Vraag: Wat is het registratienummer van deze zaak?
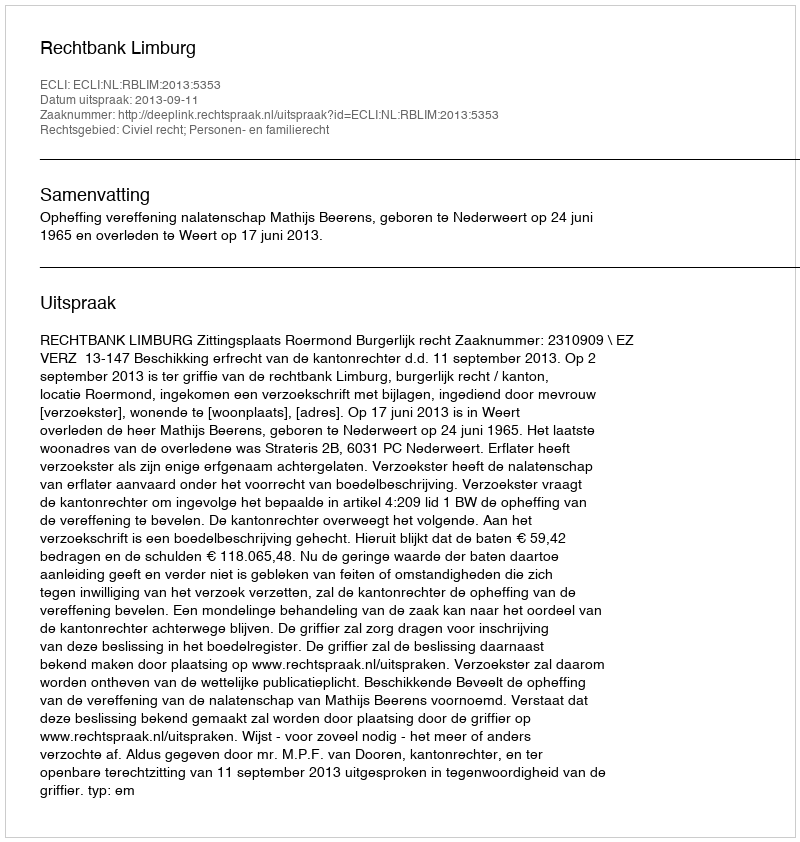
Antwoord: http://deeplink.rechtspraak.nl/uitspraak?id=ECLI:NL:RBLIM:2013:5353